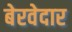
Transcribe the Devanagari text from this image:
बेरवेदार